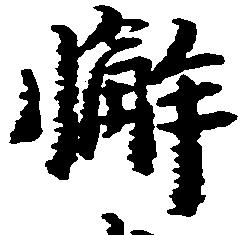
懈